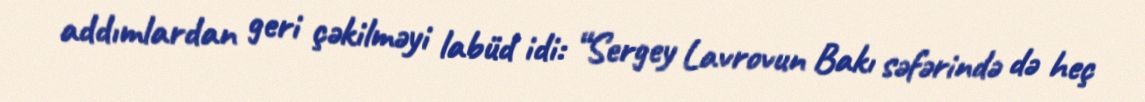
addımlardan geri çəkilməyi labüd idi: “Sergey Lavrovun Bakı səfərində də heç